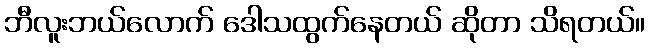
ဘီလူးဘယ်လောက် ဒေါသထွက်နေတယ် ဆိုတာ သိရတယ်။